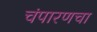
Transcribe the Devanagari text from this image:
चंपारणचा